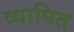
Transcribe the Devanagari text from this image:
व्यापित